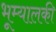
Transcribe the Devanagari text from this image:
भूम्यालकी